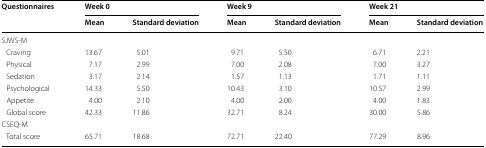
<table><thead><tr><td rowspan="2"><b>Questionnaires</b></td><td colspan="2"><b>Week 0</b></td><td colspan="2"><b>Week 9</b></td><td colspan="2"><b>Week 21</b></td></tr><tr><td><b>Mean</b></td><td><b>Standard deviation</b></td><td><b>Mean</b></td><td><b>Standard deviation</b></td><td><b>Mean</b></td><td><b>Standard deviation</b></td></tr></thead><tbody><tr><td colspan="7">SJWS-M</td></tr><tr><td> Craving</td><td>13.67</td><td>5.01</td><td>9.71</td><td>5.50</td><td>6.71</td><td>2.21</td></tr><tr><td> Physical</td><td>7.17</td><td>2.99</td><td>7.00</td><td>2.08</td><td>7.00</td><td>3.27</td></tr><tr><td> Sedation</td><td>3.17</td><td>2.14</td><td>1.57</td><td>1.13</td><td>1.71</td><td>1.11</td></tr><tr><td> Psychological</td><td>14.33</td><td>5.50</td><td>10.43</td><td>3.10</td><td>10.57</td><td>2.99</td></tr><tr><td> Appetite</td><td>4.00</td><td>2.10</td><td>4.00</td><td>2.00</td><td>4.00</td><td>1.83</td></tr><tr><td> Global score</td><td>42.33</td><td>11.86</td><td>32.71</td><td>8.24</td><td>30.00</td><td>5.86</td></tr><tr><td colspan="7">CSEQ-M</td></tr><tr><td> Total score</td><td>65.71</td><td>18.68</td><td>72.71</td><td>22.40</td><td>77.29</td><td>8.96</td></tr></tbody></table>